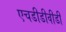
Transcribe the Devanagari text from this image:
एचडीडीवीडी